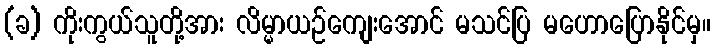
(ခ) ကိုးကွယ်သူတို့အား လိမ္မာယဉ်ကျေးအောင် မသင်ပြ မဟောပြောနိုင်မှ။